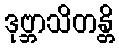
ဒုဗ္ဘာသိတန္တိ